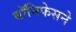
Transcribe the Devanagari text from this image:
बॉनिफेसने